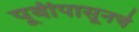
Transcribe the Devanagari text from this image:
पूर्वीपासूनचे